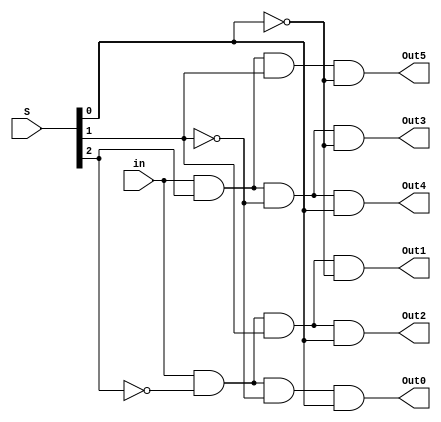
// Declaracao do modulo do Demultiplexador de 6 saidas e 1 entrada com seletor de 3 bits
module demux_1x6 (in, S, Out0, Out1, Out2, Out3, Out4, Out5);

	 // Declaracao de portas
    input in;           // Entrada nica
    input [2:0] S;      // Seletor de 3 bits
    output Out0, Out1, Out2, Out3, Out4, Out5;  // 6 sadas

    // Declarao de fios para os complementos do seletor
    wire notS0, notS1, notS2;

    // Inversores para os bits do seletor
    not (notS0, S[0]);
    not (notS1, S[1]);
    not (notS2, S[2]);

    // Decodificador para cada sada do demux 1x6 usando portas AND
    and (Out0, in, notS2, notS1, S[0]);   // S == 001
    and (Out1, in, notS2, S[1], notS0);   // S == 010
    and (Out2, in, notS2, S[1], S[0]);    // S == 011
    and (Out3, in, S[2], notS1, notS0);   // S == 100
    and (Out4, in, S[2], notS1, S[0]);    // S == 101
    and (Out5, in, S[2], S[1], notS0);    // S == 110

endmodule